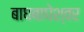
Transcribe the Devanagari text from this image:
बाघबाघेश्वर